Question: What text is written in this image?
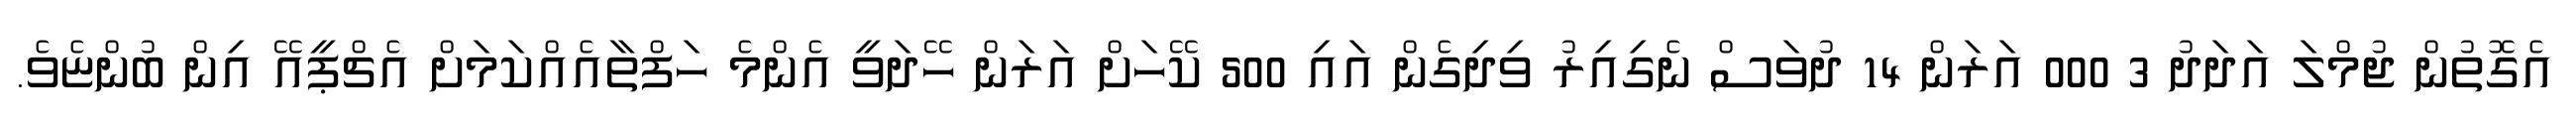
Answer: އެގޮތުން ޖުމްލަ އަދަދު 3 000 އަރަން 14 ދުވަސް ނެގިއިރު ވިދިގެން އައި 500 ކޭހަށް އަރަން ހޭދަވީ އެންމެ ހަފްތާއެއްކަމަށް އެޗްޕީއޭ އިން ބުންޏެވެ.